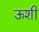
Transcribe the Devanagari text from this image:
ऊशी